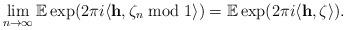
LaTeX: \begin{align*}\lim_{n\to\infty}\mathbb E\exp(2\pi i \langle \mathbf{h}, \zeta_n\bmod 1\rangle)=\mathbb E\exp(2\pi i \langle \mathbf{h}, \zeta\rangle).\end{align*}